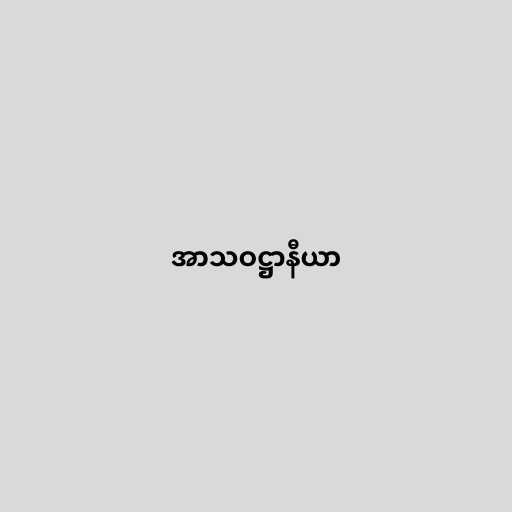
အာသဝဋ္ဌာနီယာ